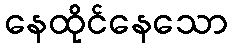
နေထိုင်နေသော